Medical and sanitary report of the native army of Bengal for the year
Year: 1875
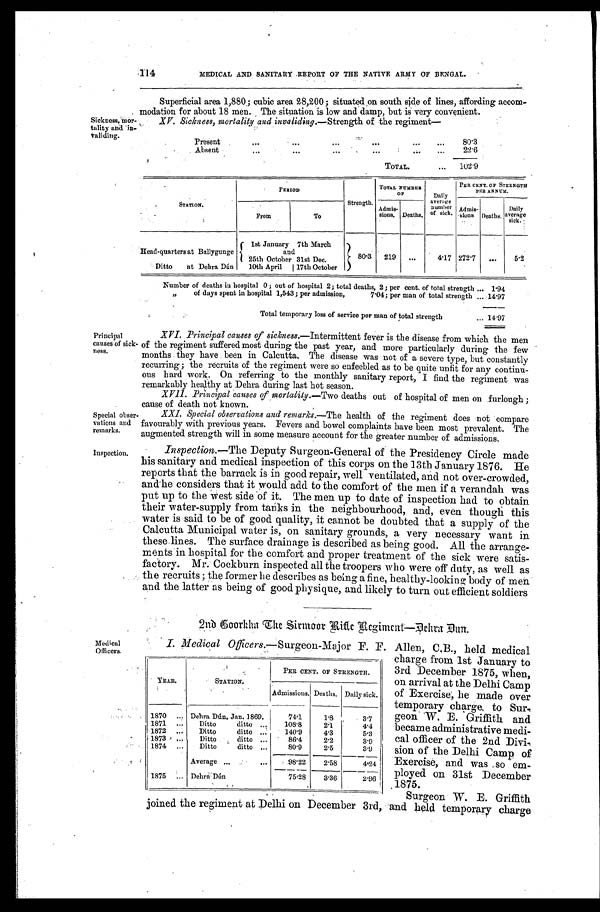
Special
o b s e r - v a t i o n s a n d
remarks.
Inspection.
114
MEDICAL AND SANITARY REPORT OF THE NATIVE ARMY OF BENGAL.
Sickness, mor
-tality and in-validing.
Superficial area 1,880; cubic area 28,200; situated on south side of lines, affording accom
-modation for about 18 men. The situation is low and damp, but is very convenient
XV. Sickness, mortality and invaliding. —Strength of the regiment—
Present
.
.
.
80.3
22.6
Absent
.
.
.
TOTAL. . . .
102.9
STATION.
PERIOD
Strength.
TOTAL NUMBER
O F
Daily
average
number
of sick.
PER CENT. OF STRENGTH
PER ANNUM.
Deaths. Daily
average
sick.
Ad mi s - s i o n s .
Admis
-sions. Deaths.
From
To
1st January 7th March
and
25th October 31st Dec.
80.3
219
. . .
4.17 272.7
. . .
5.2
Head-quarters at Ballygunge
Ditto at Dehra Dún
10th April
17th October
Number of deaths in hospital 0; out of hospital 2; total deaths, 2; per cent. of total strength . . . 1.94
" of days spent in hospital 1,543; per admission,
7.04; per man of total strength . . . 14.97
Total temporary loss of service per man of total strength . . . 14.97
Principal
causes of sick
-ness.
XVI. Principal causes of sickness.—Intermittent fever is the disease from which the men
of the regiment suffered most during the past year, and more particularly during the few
months they have been in Calcutta. The disease was not of a severe type, but constantly
recurring; the recruits of the regiment were so enfeebled as to be quite unfit for any continu
-ous hard work. On referring to the monthly sanitary report, I find the regiment was
remarkably healthy at Dehra during last hot season.
XVII. Principal causes of mortality. —Two deaths out of hospital of men on furlough;
cause of death not known.
XXI. Special observations and remarks. —The health of the regiment does not compare
favourably with previous years. Fevers and bowel complaints have been most prevalent. The
augmented strength will in some measure account for the greater number of admissions.
Inspection. —The Deputy Surgeon-General of the Presidency Circle made
his sanitary and medical inspection of this corps on the 13th January 1876. He
reports that the barrack is in good repair, well ventilated, and not over-crowded,
and he considers that it would add to the comfort of the men if a verandah was
put up to the west side of it. The men up to date of inspection had to obtain
their water-supply from tanks in the neighbourhood, and, even though this
water is said to be of good quality, it cannot be doubted that a supply of the
Calcutta Municipal water is, on sanitary grounds, a very necessary want in
these lines. The surface drainage is described as being good. All the arrange-
ments in hospital for the comfort and proper treatment of the sick were satis
-factory. Mr. Cockburn inspected all the troopers who were off duty, as well as
the recruits; the former he describes as being a fine, healthy-looking body of men
and the latter as being of good physique, and likely to turn out efficient soldiers
2nd Goorkha The Sirmoor Rifle Regiment—Dchra Dun.
Medical
Officers.
I. Medical Of f i c e r s . —S u r g e o n - Ma j o r F . F . Al l e n , C, B. , h e l d me d i c a l
charge from 1st January to
3rd December 1875, when,
on arrival at the Delhi Camp
of Exercise, he made over
temporary charge to Sur
- g e o n W . E . G r i f f i t h a n d
became administrative medi
-cal officer of the 2nd Divi
- s i o n o f t h e D e l h i C a m p o f
Exercise, and was so em
- p l o y e d o n 3 1 s t D e c e m b e r
1875.
Surgeon W. E. Griffith
joined the regiment at D elhi on December 3rd, and held temporary charge
Year.
STATION.
PER CENT. OF STRENGTH.
A d m i s s i o n s . Deaths. Daily Sick.
1870 . . .
Dehra Dún, Jan. 1869.
7 4 . 1
1 . 8
3.7
1871 . . . Ditto ditto . . .
1 0 8 . 8
2 . 1
4.4
1872 . . . Ditto ditto . . .
1 4 0 . 9
4 . 3
5.3
1873 . . . Ditto ditto . . .
8 6 . 4
2 . 2
3.9
1874 . . . Ditto
ditto . . .
8 0 . 9
2 . 5
3.9
A v e r a g e . . .
98.22
2 . 5 8
4.24
1875 . . . Dehra Dún
7 5 . 2 8
3 . 3 6
2.96